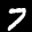
Label: 7